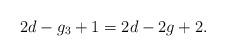
LaTeX: \begin{align*}2d- g_3 + 1 = 2d-2g +2.\end{align*}